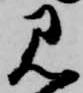
見